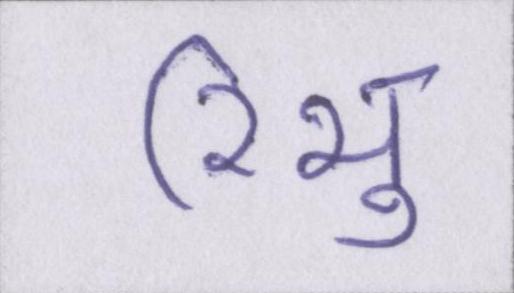
रिभु